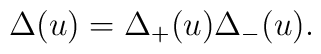
\Delta(u)=\Delta_+(u)\Delta_-(u).